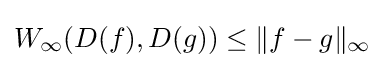
W_{\infty }(D(f),D(g))\leq \lVert f-g\rVert _{\infty }